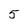
Character: 5